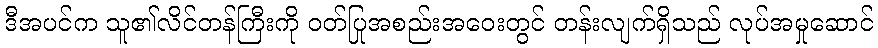
ဒီအပင်က သူ၏လိင်တန်ကြီးကို ဝတ်ပြုအစည်းအဝေးတွင် တန်းလျက်ရှိသည် လုပ်အမှုဆောင်